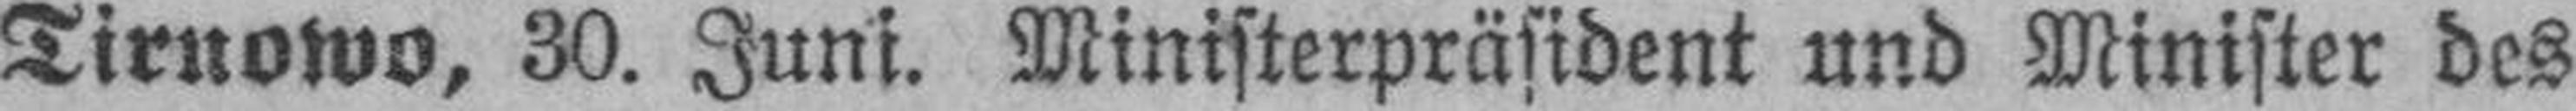
Tirnowo, 30. Juni. Ministerpräsident und Minister des